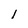
Character: l